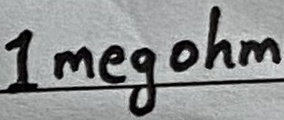
Text: 1 megohm